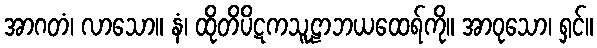
အာဂတံ၊ လာသော။ နံ၊ ထိုတိပိဋကသူဠာဘယထေရ်ကို။ အာဝုသော၊ ရှင်။